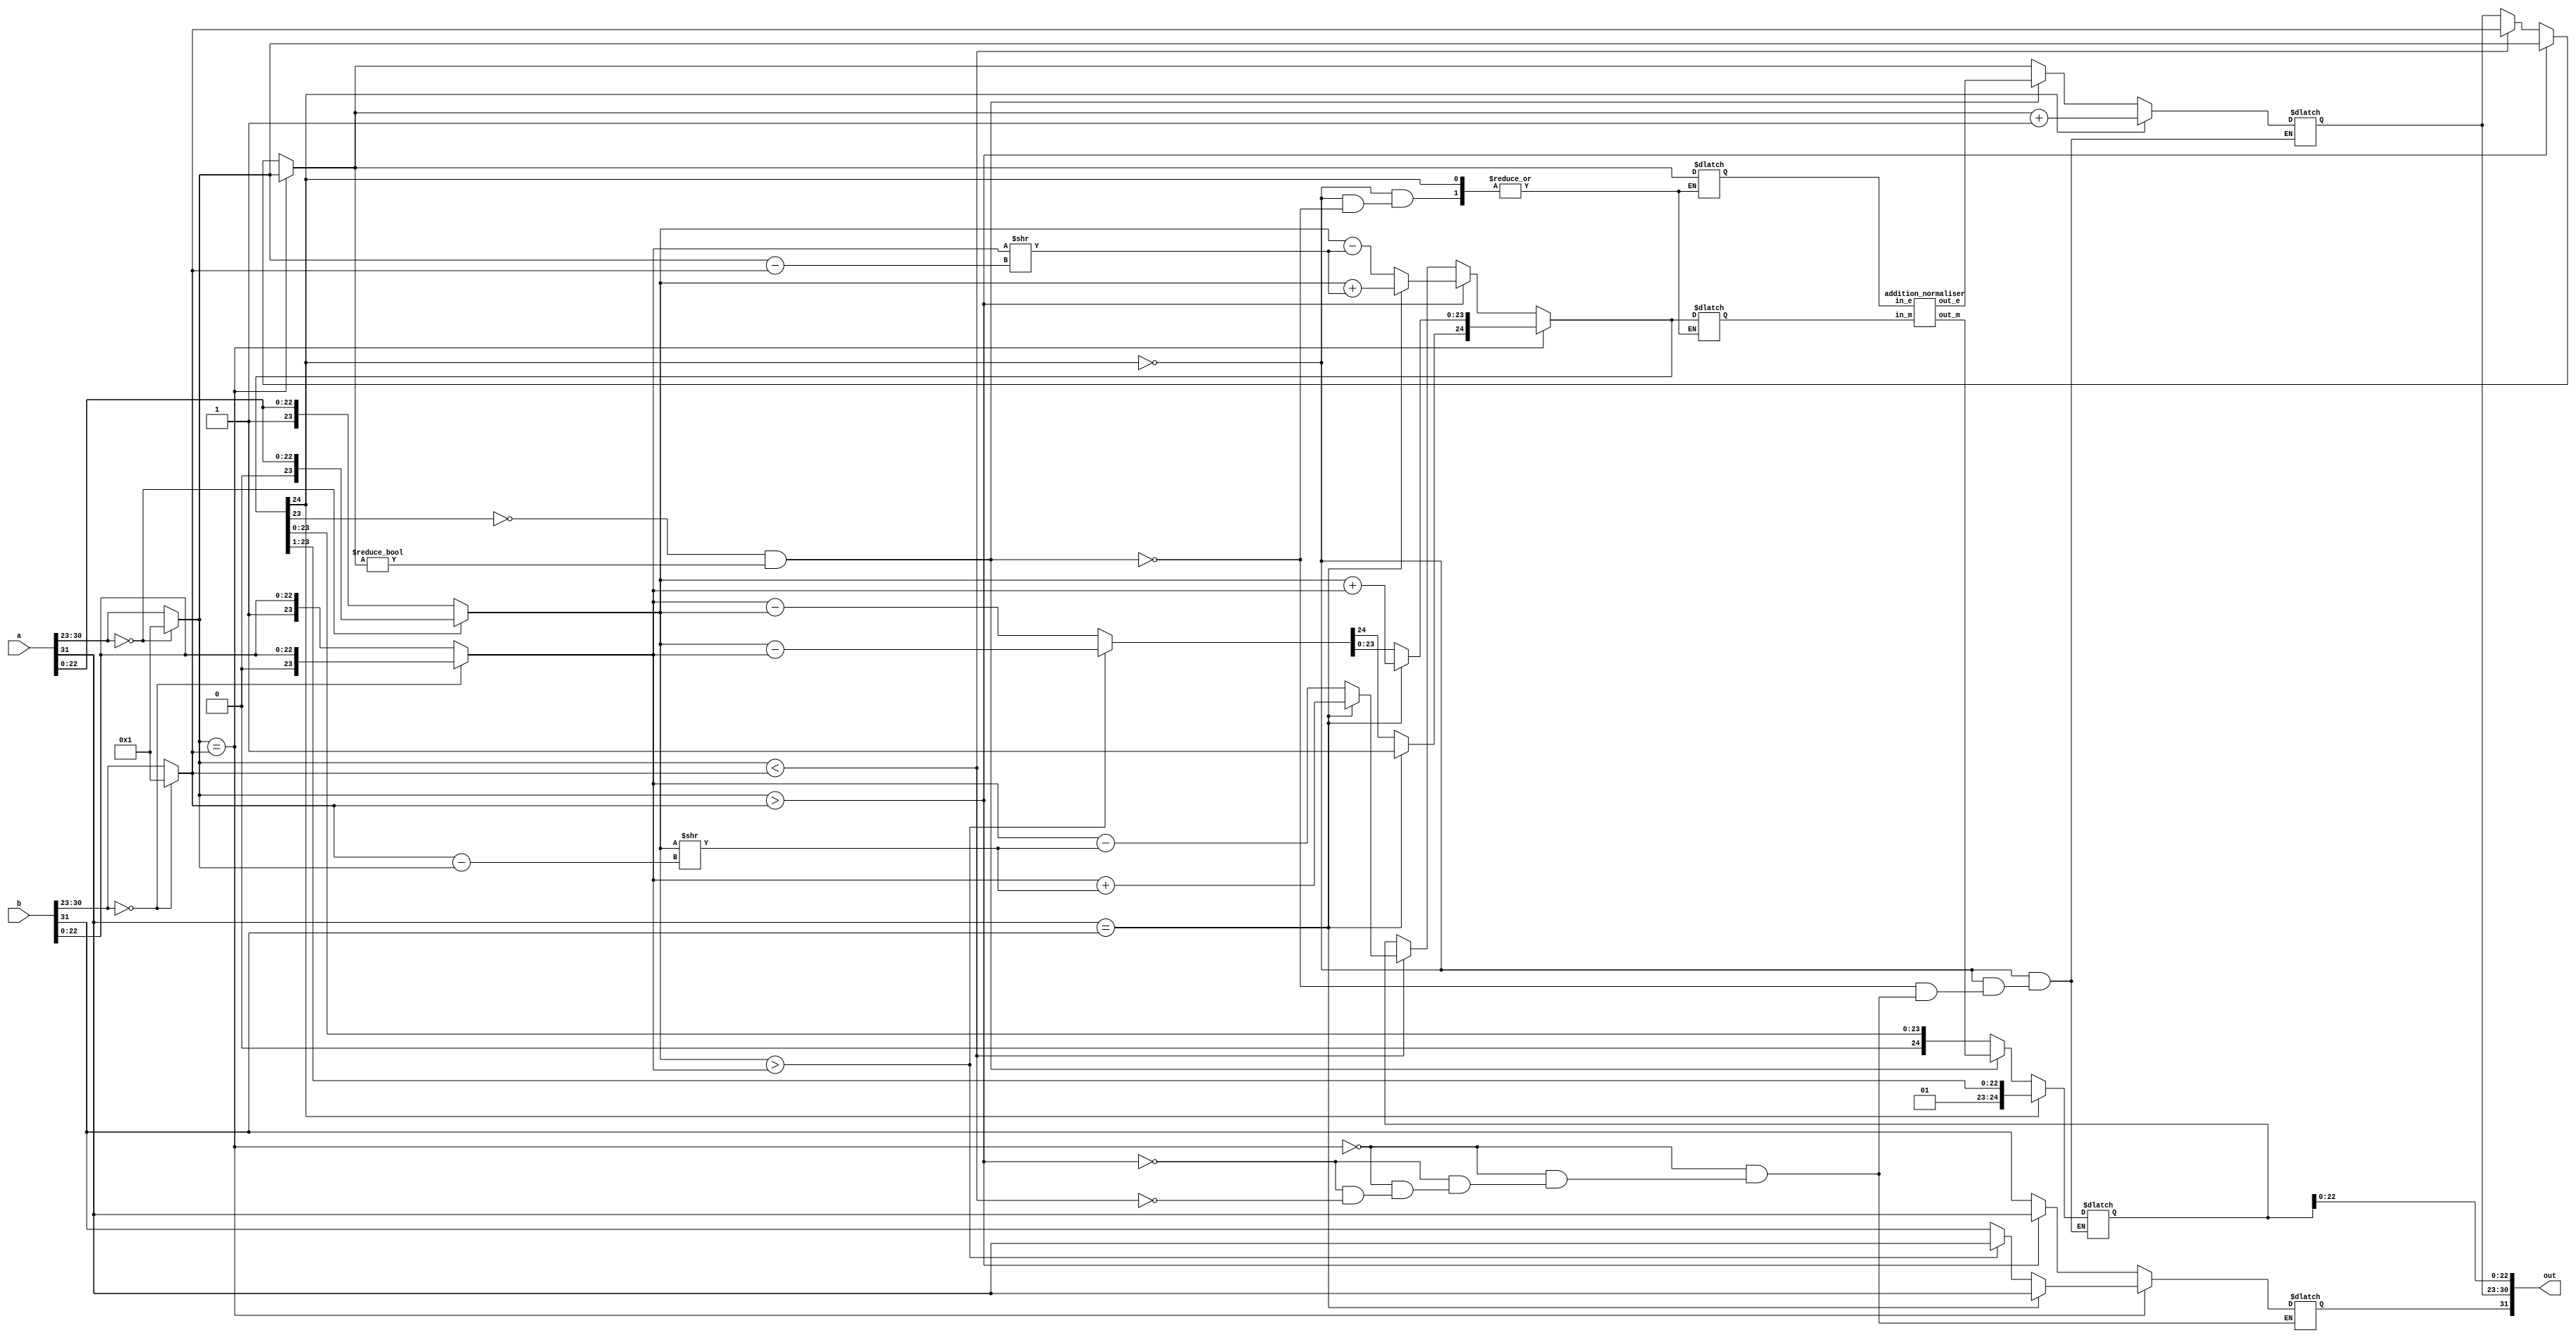
module floatAdder(a, b, out);
  input  [31:0] a, b;
  output [31:0] out;

  wire [31:0] out;
	reg a_sign;
	reg [7:0] a_exponent;
	reg [23:0] a_mantissa;
	reg b_sign;
	reg [7:0] b_exponent;
	reg [23:0] b_mantissa;

  reg o_sign;
  reg [7:0] o_exponent;
  reg [24:0] o_mantissa;

  reg [7:0] diff;
  reg [23:0] tmp_mantissa;
  reg [7:0] tmp_exponent;


  reg  [7:0] i_e;
  reg  [24:0] i_m;
  wire [7:0] o_e;
  wire [24:0] o_m;

  addition_normaliser norm1
  (
    .in_e(i_e),
    .in_m(i_m),
    .out_e(o_e),
    .out_m(o_m)
  );

  assign out[31] = o_sign;
  assign out[30:23] = o_exponent;
  assign out[22:0] = o_mantissa[22:0];

  always @ ( * ) begin
		a_sign = a[31];
		if(a[30:23] == 0) begin
			a_exponent = 8'b00000001;
			a_mantissa = {1'b0, a[22:0]};
		end else begin
			a_exponent = a[30:23];
			a_mantissa = {1'b1, a[22:0]};
		end
		b_sign = b[31];
		if(b[30:23] == 0) begin
			b_exponent = 8'b00000001;
			b_mantissa = {1'b0, b[22:0]};
		end else begin
			b_exponent = b[30:23];
			b_mantissa = {1'b1, b[22:0]};
		end
    if (a_exponent == b_exponent) begin // Equal exponents
      o_exponent = a_exponent;
      if (a_sign == b_sign) begin // Equal signs = add
        o_mantissa = a_mantissa + b_mantissa;
        //Signify to shift
        o_mantissa[24] = 1;
        o_sign = a_sign;
      end else begin // Opposite signs = subtract
        if(a_mantissa > b_mantissa) begin
          o_mantissa = a_mantissa - b_mantissa;
          o_sign = a_sign;
        end else begin
          o_mantissa = b_mantissa - a_mantissa;
          o_sign = b_sign;
        end
      end
    end else begin //Unequal exponents
      if (a_exponent > b_exponent) begin // A is bigger
        o_exponent = a_exponent;
        o_sign = a_sign;
				diff = a_exponent - b_exponent;
        tmp_mantissa = b_mantissa >> diff;
        if (a_sign == b_sign)
          o_mantissa = a_mantissa + tmp_mantissa;
        else
          	o_mantissa = a_mantissa - tmp_mantissa;
      end else if (a_exponent < b_exponent) begin // B is bigger
        o_exponent = b_exponent;
        o_sign = b_sign;
        diff = b_exponent - a_exponent;
        tmp_mantissa = a_mantissa >> diff;
        if (a_sign == b_sign) begin
          o_mantissa = b_mantissa + tmp_mantissa;
        end else begin
					o_mantissa = b_mantissa - tmp_mantissa;
        end
      end
    end
    if(o_mantissa[24] == 1) begin
      o_exponent = o_exponent + 1;
      o_mantissa = o_mantissa >> 1;
    end else if((o_mantissa[23] != 1) && (o_exponent != 0)) begin
      i_e = o_exponent;
      i_m = o_mantissa;
      o_exponent = o_e;
      o_mantissa = o_m;
    end
  end
endmodule


module addition_normaliser(in_e, in_m, out_e, out_m);
  input [7:0] in_e;
  input [24:0] in_m;
  output [7:0] out_e;
  output [24:0] out_m;

  wire [7:0] in_e;
  wire [24:0] in_m;
  reg [7:0] out_e;
  reg [24:0] out_m;

  always @ ( * ) begin
		if (in_m[23:3] == 21'b000000000000000000001) begin
			out_e = in_e - 20;
			out_m = in_m << 20;
		end else if (in_m[23:4] == 20'b00000000000000000001) begin
			out_e = in_e - 19;
			out_m = in_m << 19;
		end else if (in_m[23:5] == 19'b0000000000000000001) begin
			out_e = in_e - 18;
			out_m = in_m << 18;
		end else if (in_m[23:6] == 18'b000000000000000001) begin
			out_e = in_e - 17;
			out_m = in_m << 17;
		end else if (in_m[23:7] == 17'b00000000000000001) begin
			out_e = in_e - 16;
			out_m = in_m << 16;
		end else if (in_m[23:8] == 16'b0000000000000001) begin
			out_e = in_e - 15;
			out_m = in_m << 15;
		end else if (in_m[23:9] == 15'b000000000000001) begin
			out_e = in_e - 14;
			out_m = in_m << 14;
		end else if (in_m[23:10] == 14'b00000000000001) begin
			out_e = in_e - 13;
			out_m = in_m << 13;
		end else if (in_m[23:11] == 13'b0000000000001) begin
			out_e = in_e - 12;
			out_m = in_m << 12;
		end else if (in_m[23:12] == 12'b000000000001) begin
			out_e = in_e - 11;
			out_m = in_m << 11;
		end else if (in_m[23:13] == 11'b00000000001) begin
			out_e = in_e - 10;
			out_m = in_m << 10;
		end else if (in_m[23:14] == 10'b0000000001) begin
			out_e = in_e - 9;
			out_m = in_m << 9;
		end else if (in_m[23:15] == 9'b000000001) begin
			out_e = in_e - 8;
			out_m = in_m << 8;
		end else if (in_m[23:16] == 8'b00000001) begin
			out_e = in_e - 7;
			out_m = in_m << 7;
		end else if (in_m[23:17] == 7'b0000001) begin
			out_e = in_e - 6;
			out_m = in_m << 6;
		end else if (in_m[23:18] == 6'b000001) begin
			out_e = in_e - 5;
			out_m = in_m << 5;
		end else if (in_m[23:19] == 5'b00001) begin
			out_e = in_e - 4;
			out_m = in_m << 4;
		end else if (in_m[23:20] == 4'b0001) begin
			out_e = in_e - 3;
			out_m = in_m << 3;
		end else if (in_m[23:21] == 3'b001) begin
			out_e = in_e - 2;
			out_m = in_m << 2;
		end else if (in_m[23:22] == 2'b01) begin
			out_e = in_e - 1;
			out_m = in_m << 1;
		end
  end
endmodule